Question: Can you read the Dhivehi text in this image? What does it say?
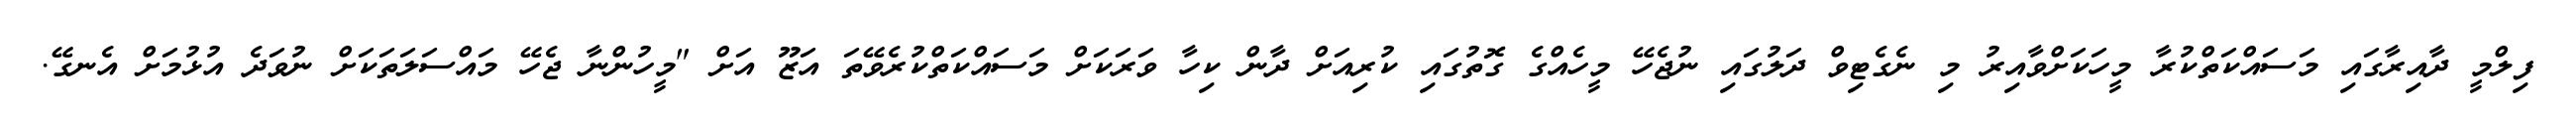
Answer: ފިލްމީ ދާއިރާގައި މަސައްކަތްކުރާ މީހަކަށްވާއިރު މި ނެގެޓިވް ދަލުގައި ނުޖެހޭ މީހެއްގެ ގޮތުގައި ކުރިއަށް ދާން ކިހާ ވަރަކަށް މަސައްކަތްކުރެވޭތަ އަޒޫ އަށް "މީހުންނާ ޖެހޭ މައްސަލަތަކަށް ނުވަދެ އުޅުމަށް އެނގޭ.